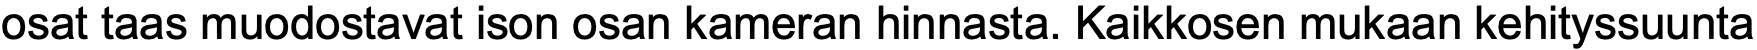
osat taas muodostavat ison osan kameran hinnasta. Kaikkosen mukaan kehityssuunta